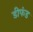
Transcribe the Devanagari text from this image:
डीफंड